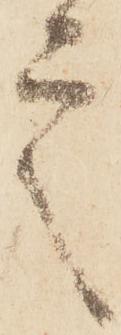
言